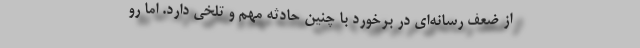
از ضعف رسانه‌ای ‌‌در برخورد با چنین حادثه مهم و تلخی دارد. اما رو